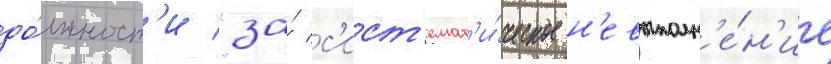
до́лжност'и "за́ с'ист'емат'и́ческое н'евыполн'е́н'ие